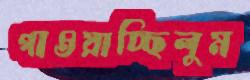
গাওয়াচ্ছিলুম